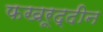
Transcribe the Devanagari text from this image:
फखरूद्दीन